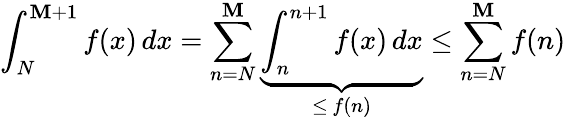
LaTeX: \int_{N}^{\mathbf{M}+1}f(x)\, dx=\sum_{n=N}^{\mathbf{M}}\underbrace{{\int_{n}^{n+1}f(x)\, dx}}_{\leq\, f(n)}\leq\sum_{n=N}^{\mathbf{M}}f(n)